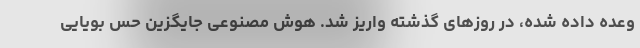
وعده داده شده، در روزهای گذشته واریز شد. هوش مصنوعی جایگزین حس بویایی